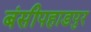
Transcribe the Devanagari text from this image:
बंसीपहाडपुर